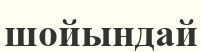
шойындай